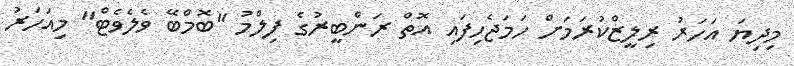
މިދިޔަ އަހަރު ރިލީޒްކުރަމަށް ހަމަޖެހިފައި އޮތް ރަންބީރުގެ ފިލްމު "ބޮމްބޭ ވެލެވެޓް" މިއަހަރު